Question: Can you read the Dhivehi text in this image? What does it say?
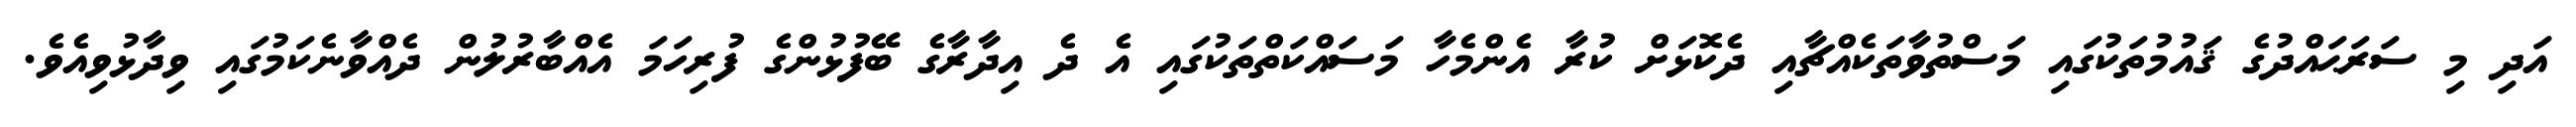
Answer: އަދި މި ސަރަޙައްދުގެ ޤައުމުތަކުގައި މަސްތުވާތަކެއްޗާއި ދެކޮޅަށް ކުރާ އެންމެހާ މަސައްކަތްތަކުގައި އެ ދެ އިދާރާގެ ބޭފުޅުންގެ ފުރިހަމަ އެއްބާރުލުން ދެއްވާނެކަމުގައި ވިދާޅުވިއެވެ.